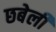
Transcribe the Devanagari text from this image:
छबेली